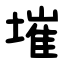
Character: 墔